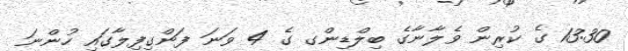
13:30 ގެ ކުރިން ވެލާނާގެ ބިލްޑިންގ ގެ 4 ވަނަ ފަންގިފިލާގައި ހުންނަ